Document type: Sale
Year: 1326
Scribe: Bartomeu Marc
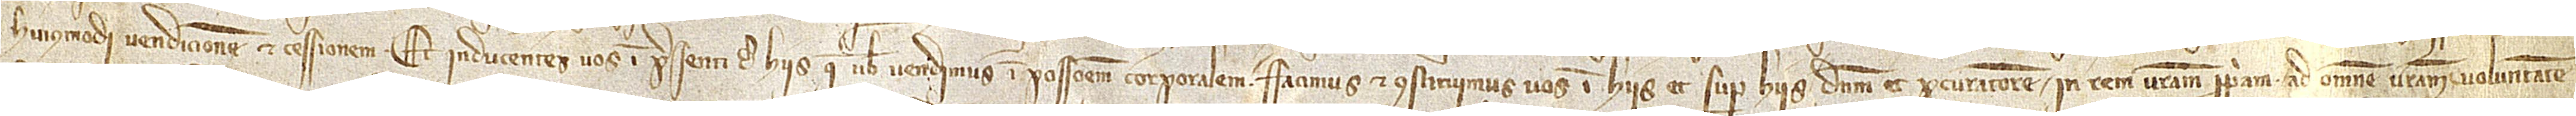
huiusmodi vendicionem et cessionem. Et inducentes vos in presenti de hiis que vobis vendimus in possessionem corporalem, facimus et constituimus vos in hiis et super hiis dominum et procuratorem in rem vestram propriam, ad omnem vestram voluntatem